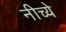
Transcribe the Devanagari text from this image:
नीच्ये